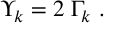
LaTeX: \Upsilon _ { k } = 2 \; \Gamma _ { k } ~ .